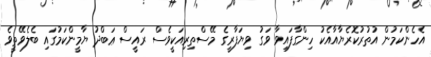
އެހެންކަމުން އުތުރުކޮރެޔާއާއެކު ހިންގާފައިވާ ވަގު ވިޔަފާރީގެ މޭސްތިރިއަކީވެސް ރައީސް ޢަބްދު ޔާމީންކަމުގައި ބެލެވޭތީވެ